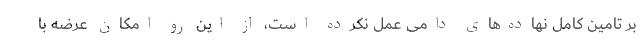
بر تامین کامل نهاده‌های دامی عمل نکرده است، از این رو امکان عرضه با